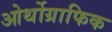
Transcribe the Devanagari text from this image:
ओर्थोग्राफिक